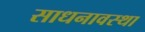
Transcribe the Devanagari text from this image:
साधनावस्था